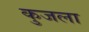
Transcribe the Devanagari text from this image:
कुजला